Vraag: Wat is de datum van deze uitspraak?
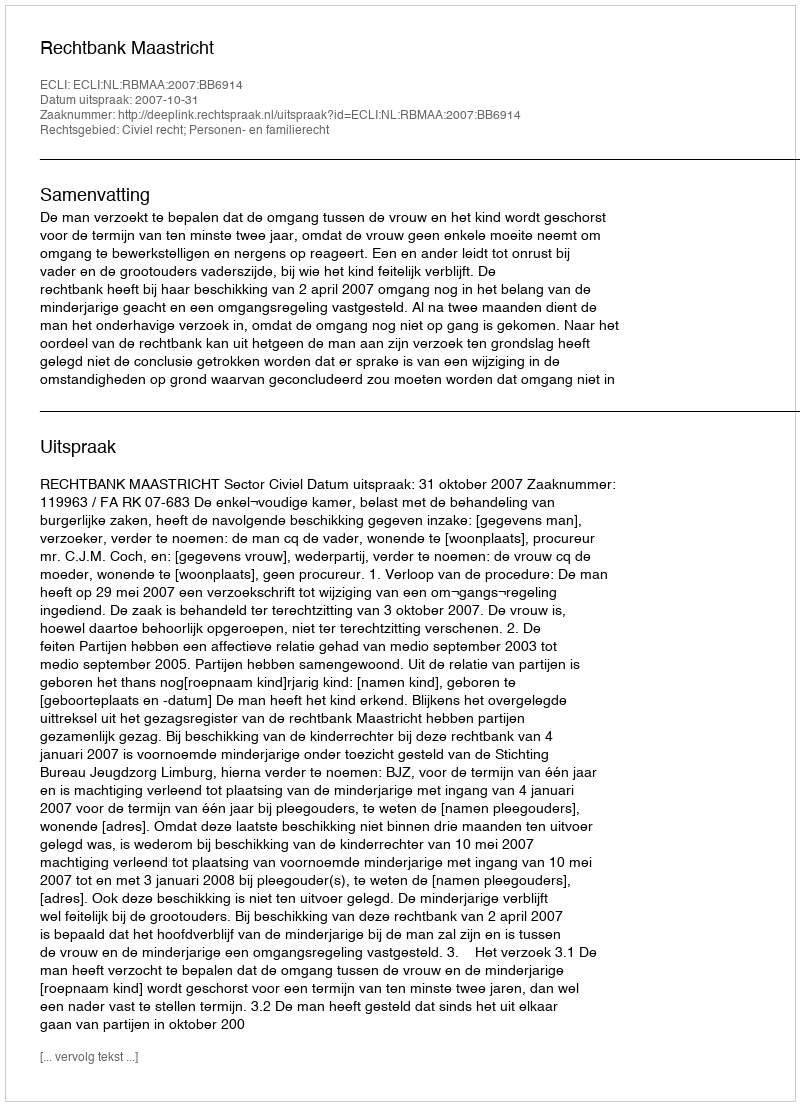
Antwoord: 2007-10-31